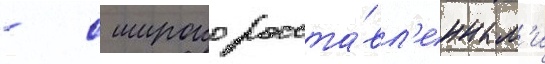
- с широко расста́вл'енным'и